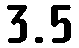
3.5